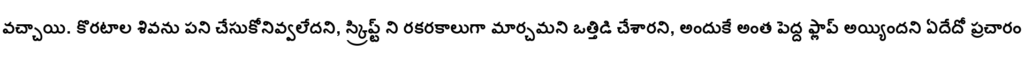
వచ్చాయి. కొరటాల శివను పని చేసుకోనివ్వలేదని, స్క్రిప్ట్ ని రకరకాలుగా మార్చమని ఒత్తిడి చేశారని, అందుకే అంత పెద్ద ఫ్లాప్ అయ్యిందని ఏదేదో ప్రచారం